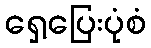
ရှေ့ပြေးပုံစံ